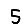
Digit: 5